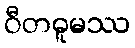
ဝီတဓူမဿ